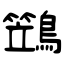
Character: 鷑